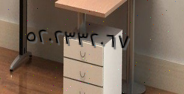
٥٢٠٢٣٣٢٠٦٧